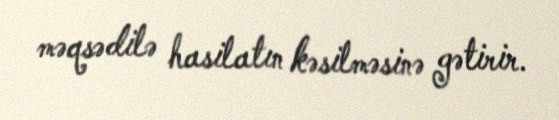
məqsədilə hasilatın kəsilməsinə gətirir.